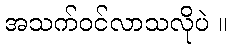
အသက်ဝင်လာသလိုပဲ ။